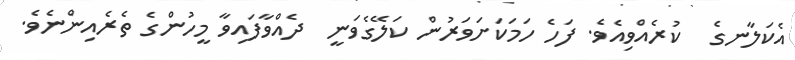
އެކަލާނގެ  ކުރެއްވިއެވެ. ފަހެ ހަމަކަށަވަރުން ކަލޭގެވަނީ  ދެއްވާފައިވާ މީހުންގެ ތެެރެއިންނެވެ.